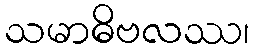
သမာဓိဗလဿ၊